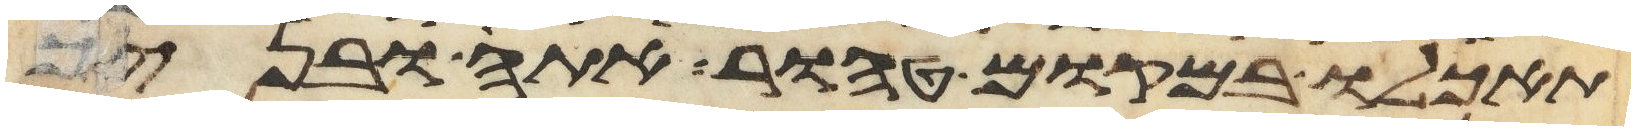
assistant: תאכלו במקום טהור אתה ובניך